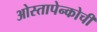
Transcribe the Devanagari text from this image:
ओस्तापेन्कोची